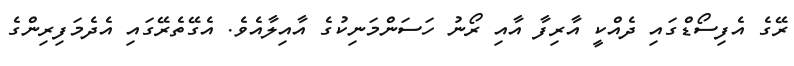
ރޭގެ އެފިސޯޑްގައި ދެއްކީ އާރިފާ އާއި ރޯނު ހަސަންމަނިކުގެ އާއިލާއެވެ. އެގޭތެރޭގައި އެދެމަފިރިންގެ